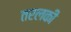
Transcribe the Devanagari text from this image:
तरलकी